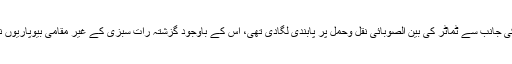
یاد رہے کہ گلگت بلتستان میں ٹماٹر کی قیمتوں کو برقرار رکھنے کے لئے ضلعی انتطامیہ کی جانب سے ٹماٹر کی بین الصوبائی نقل وحمل پر پابندی لگادی تھی، اس کے باوجود گزشتہ رات سبزی کے غیر مقامی بیوپاریوں نے مبینہ طور پر 4ہزار کلو ٹماٹر گلگت سے پاکستان کے دیگر صوبوں تک منتقل کردیا ہے۔